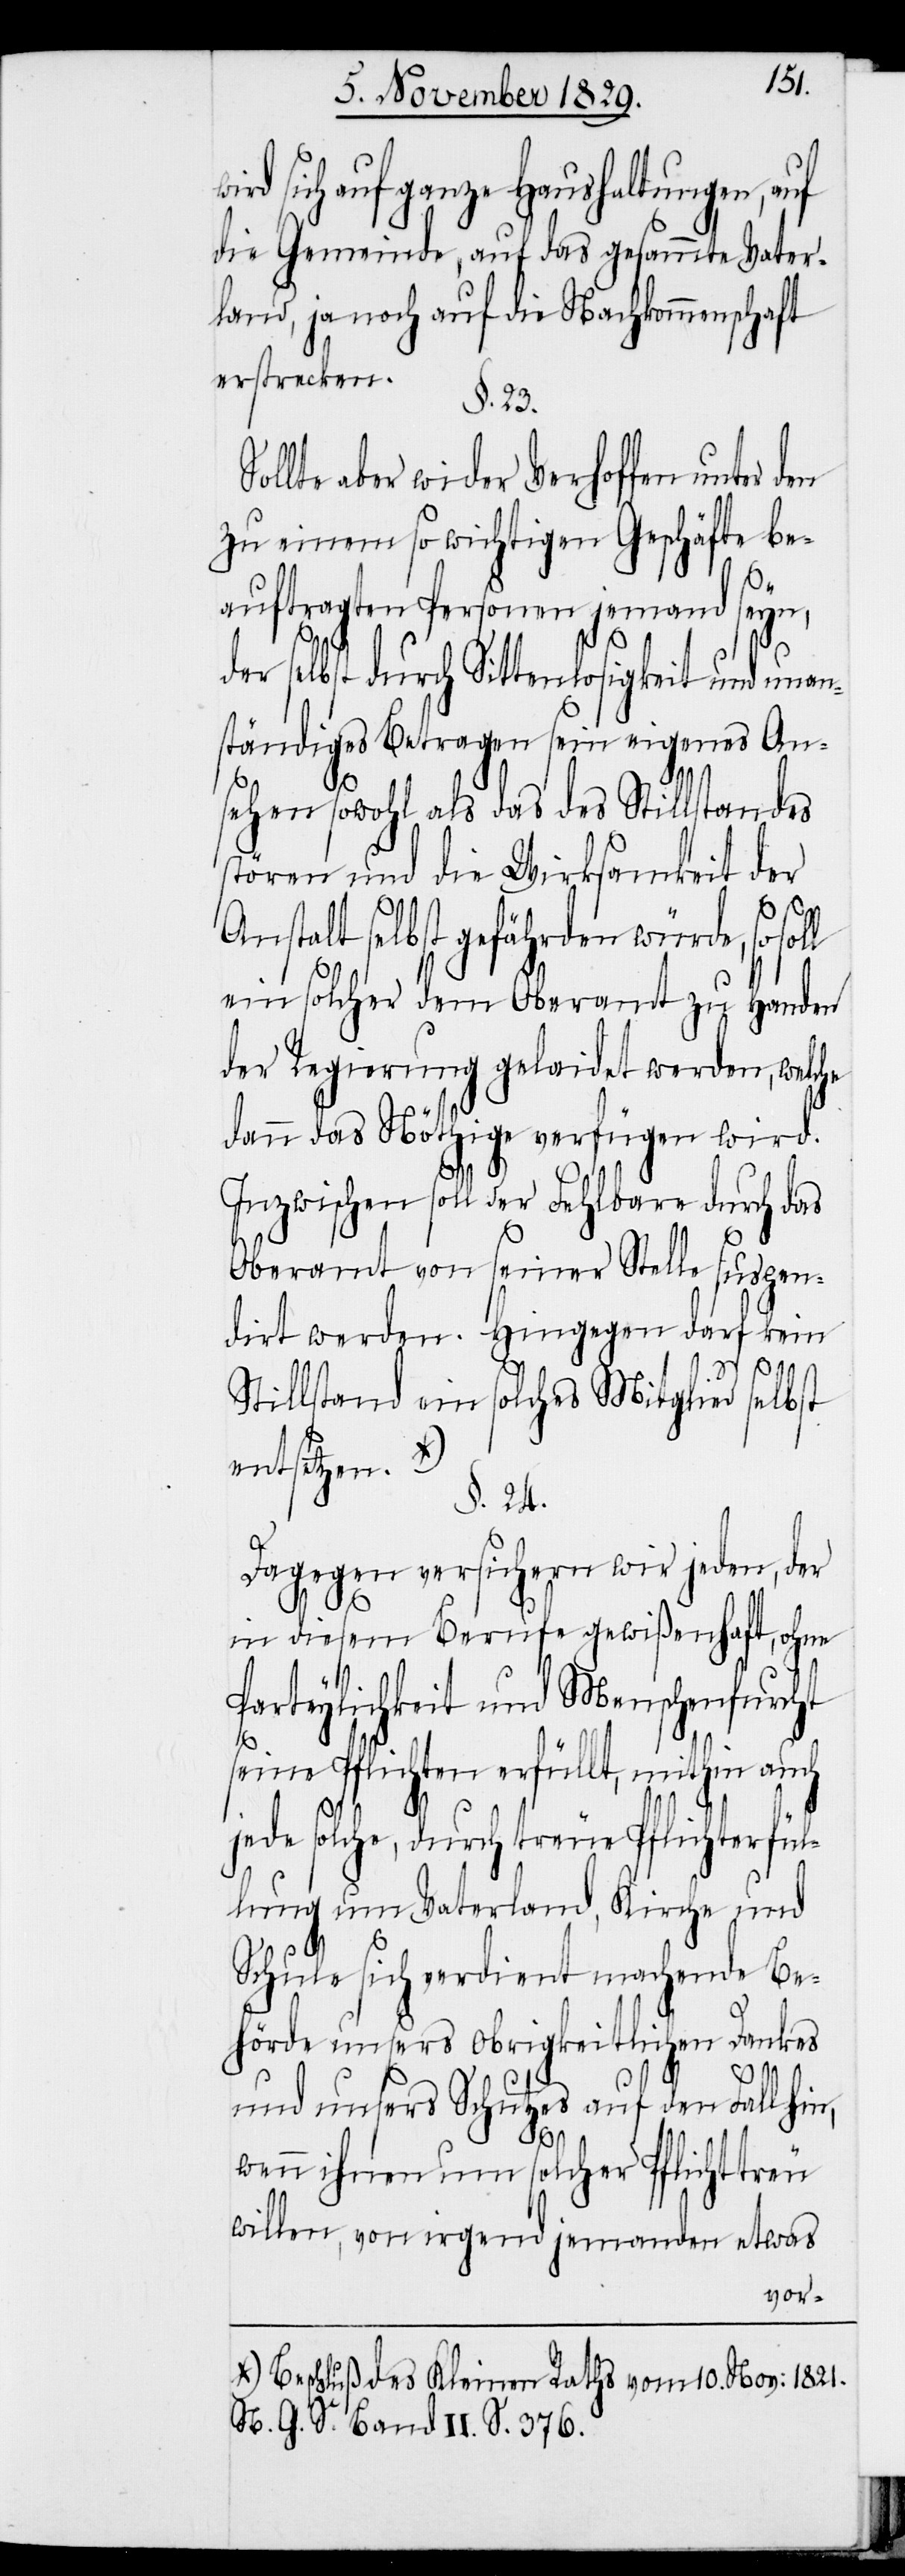
rd sich auf ganze Haushaltungen, auf
die Gemeinde, auf das gesammte Vater¬
land, ja noch auf die Nachkommenschaft
erstrecken.
§. 23.
lte aber wider Verhoffen unter den
zu einem so wichtigen Geschäfte be¬
auftragten Personen jemand seyn,
n,
er selbst durch Sittenlosigkeit und una¬
nständiges Betragen sein eigenes An¬
Sol¬
sehen sowohl als das des Stillstandes
stören und die Wirksamkeit der
Anstalt selbst gefährden würde, so soll
ein solcher dem Oberamte zu Handen
der Regierung gelaidet werden, welche
dann das Nöthige verfügen wird.
Inzwischen soll der Fehlbare durch das
Oberamt von seiner Stelle suspen¬
dirt werden. Hingegen darf kein
Stillstand ein solches Mitglied selbst
entsetzen.
§. 24.
Dagegen versichern wir jeden, der
in diesem Berufe gewißenhaft, ohne
Parteylichkeit und Menschenfurcht
seine Pflichten erfüllt, mithin auch
jede solche, durch treue Pflichterfül¬
lung um Vaterland, Kirche und
Schule sich verdient machende Be¬
hörde unsers obrigkeitlichen Dankes
und unsers Schutzes auf den Fall hi¬
wenn ihnen um solcher Pflichttreu
willen, von irgend jemandem etwas
a-Beschluß des Kleinen Raths vom 10. Nov: 1821.
N. G. S. Band II S. 376.-a